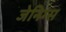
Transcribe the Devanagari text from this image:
जेनिग्स